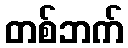
တစ်ဘက်